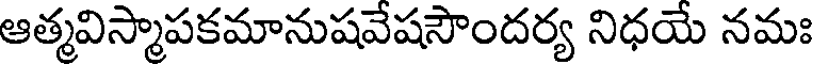
ఆత్మవిస్మాపకమానుషవేషసౌందర్య నిధయే నమః